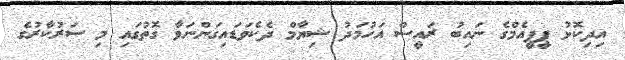
އިދިކޮޅު ޕީޕީއެމްގެ ނައިބު ރައީސް އަހުމަދު ޝިޔާމް ދެކެވަޑައިގަންނަވާ ގޮތުގައި މި ސަރުކާރުގެ